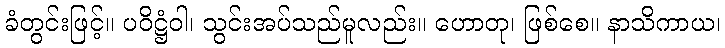
ခံတွင်းဖြင့်။ ပဝိဋ္ဌံဝါ၊ သွင်းအပ်သည်မူလည်း။ ဟောတု၊ ဖြစ်စေ။ နာသိကာယ၊